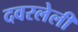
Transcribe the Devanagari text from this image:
दवरलेली